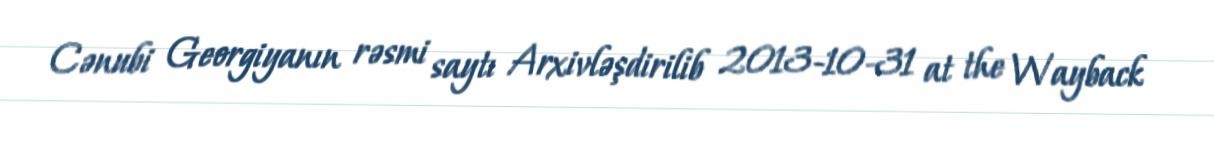
Cənubi Georgiyanın rəsmi saytı Arxivləşdirilib 2013-10-31 at the Wayback